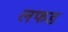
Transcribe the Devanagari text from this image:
लफड